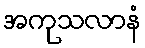
အကုသလာနံ